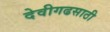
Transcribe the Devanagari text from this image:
देवीगढसाठी